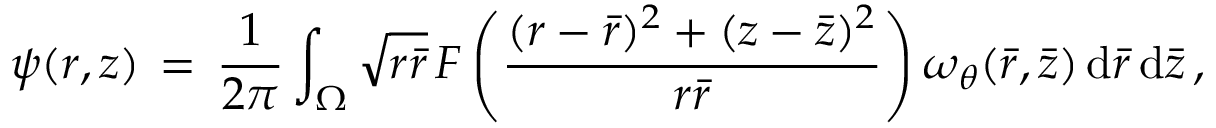
\psi ( r , z ) \, = \, \frac { 1 } { 2 \pi } \int _ { \Omega } \sqrt { r \bar { r } } \, F \left( \frac { ( r - \bar { r } ) ^ { 2 } + ( z - \bar { z } ) ^ { 2 } } { r \bar { r } } \right) \omega _ { \theta } ( \bar { r } , \bar { z } ) \, \mathrm { d } \bar { r } \, \mathrm { d } \bar { z } \, ,